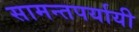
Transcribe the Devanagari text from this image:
सामन्तपर्यायी